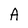
Character: A